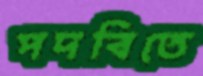
পদবিতে